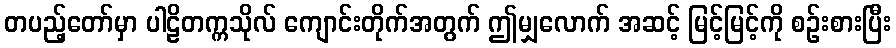
တပည့်တော်မှာ ပါဠိတက္ကသိုလ် ကျောင်းတိုက်အတွက် ဤမျှလောက် အဆင့် မြင့်မြင့်ကို စဉ်းစားပြီး